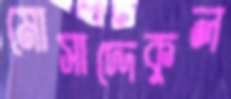
মোসাদ্দেকুল